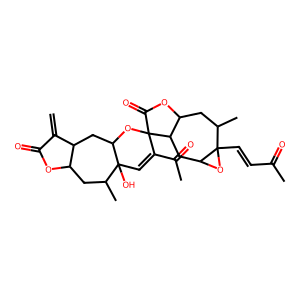
SMILES: C=C1C(=O)OC2CC(C)C3(O)C=C(C(C)=O)C4(OC3CC12)C(=O)OC1CC(C)C2(C=CC(C)=O)OC2CC14
Inhibits HIV replication: No